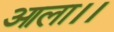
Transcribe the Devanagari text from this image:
आला।।